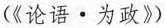
(《论语。为政》)